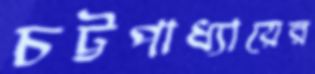
চট্টপাধ্যায়ের